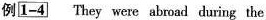
例1-4 They were abroad during the